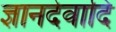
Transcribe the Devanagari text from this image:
ज्ञानदेवादि